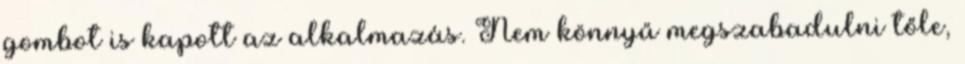
gombot is kapott az alkalmazás. Nem könnyű megszabadulni tőle,